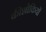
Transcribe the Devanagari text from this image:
कीशोकियों